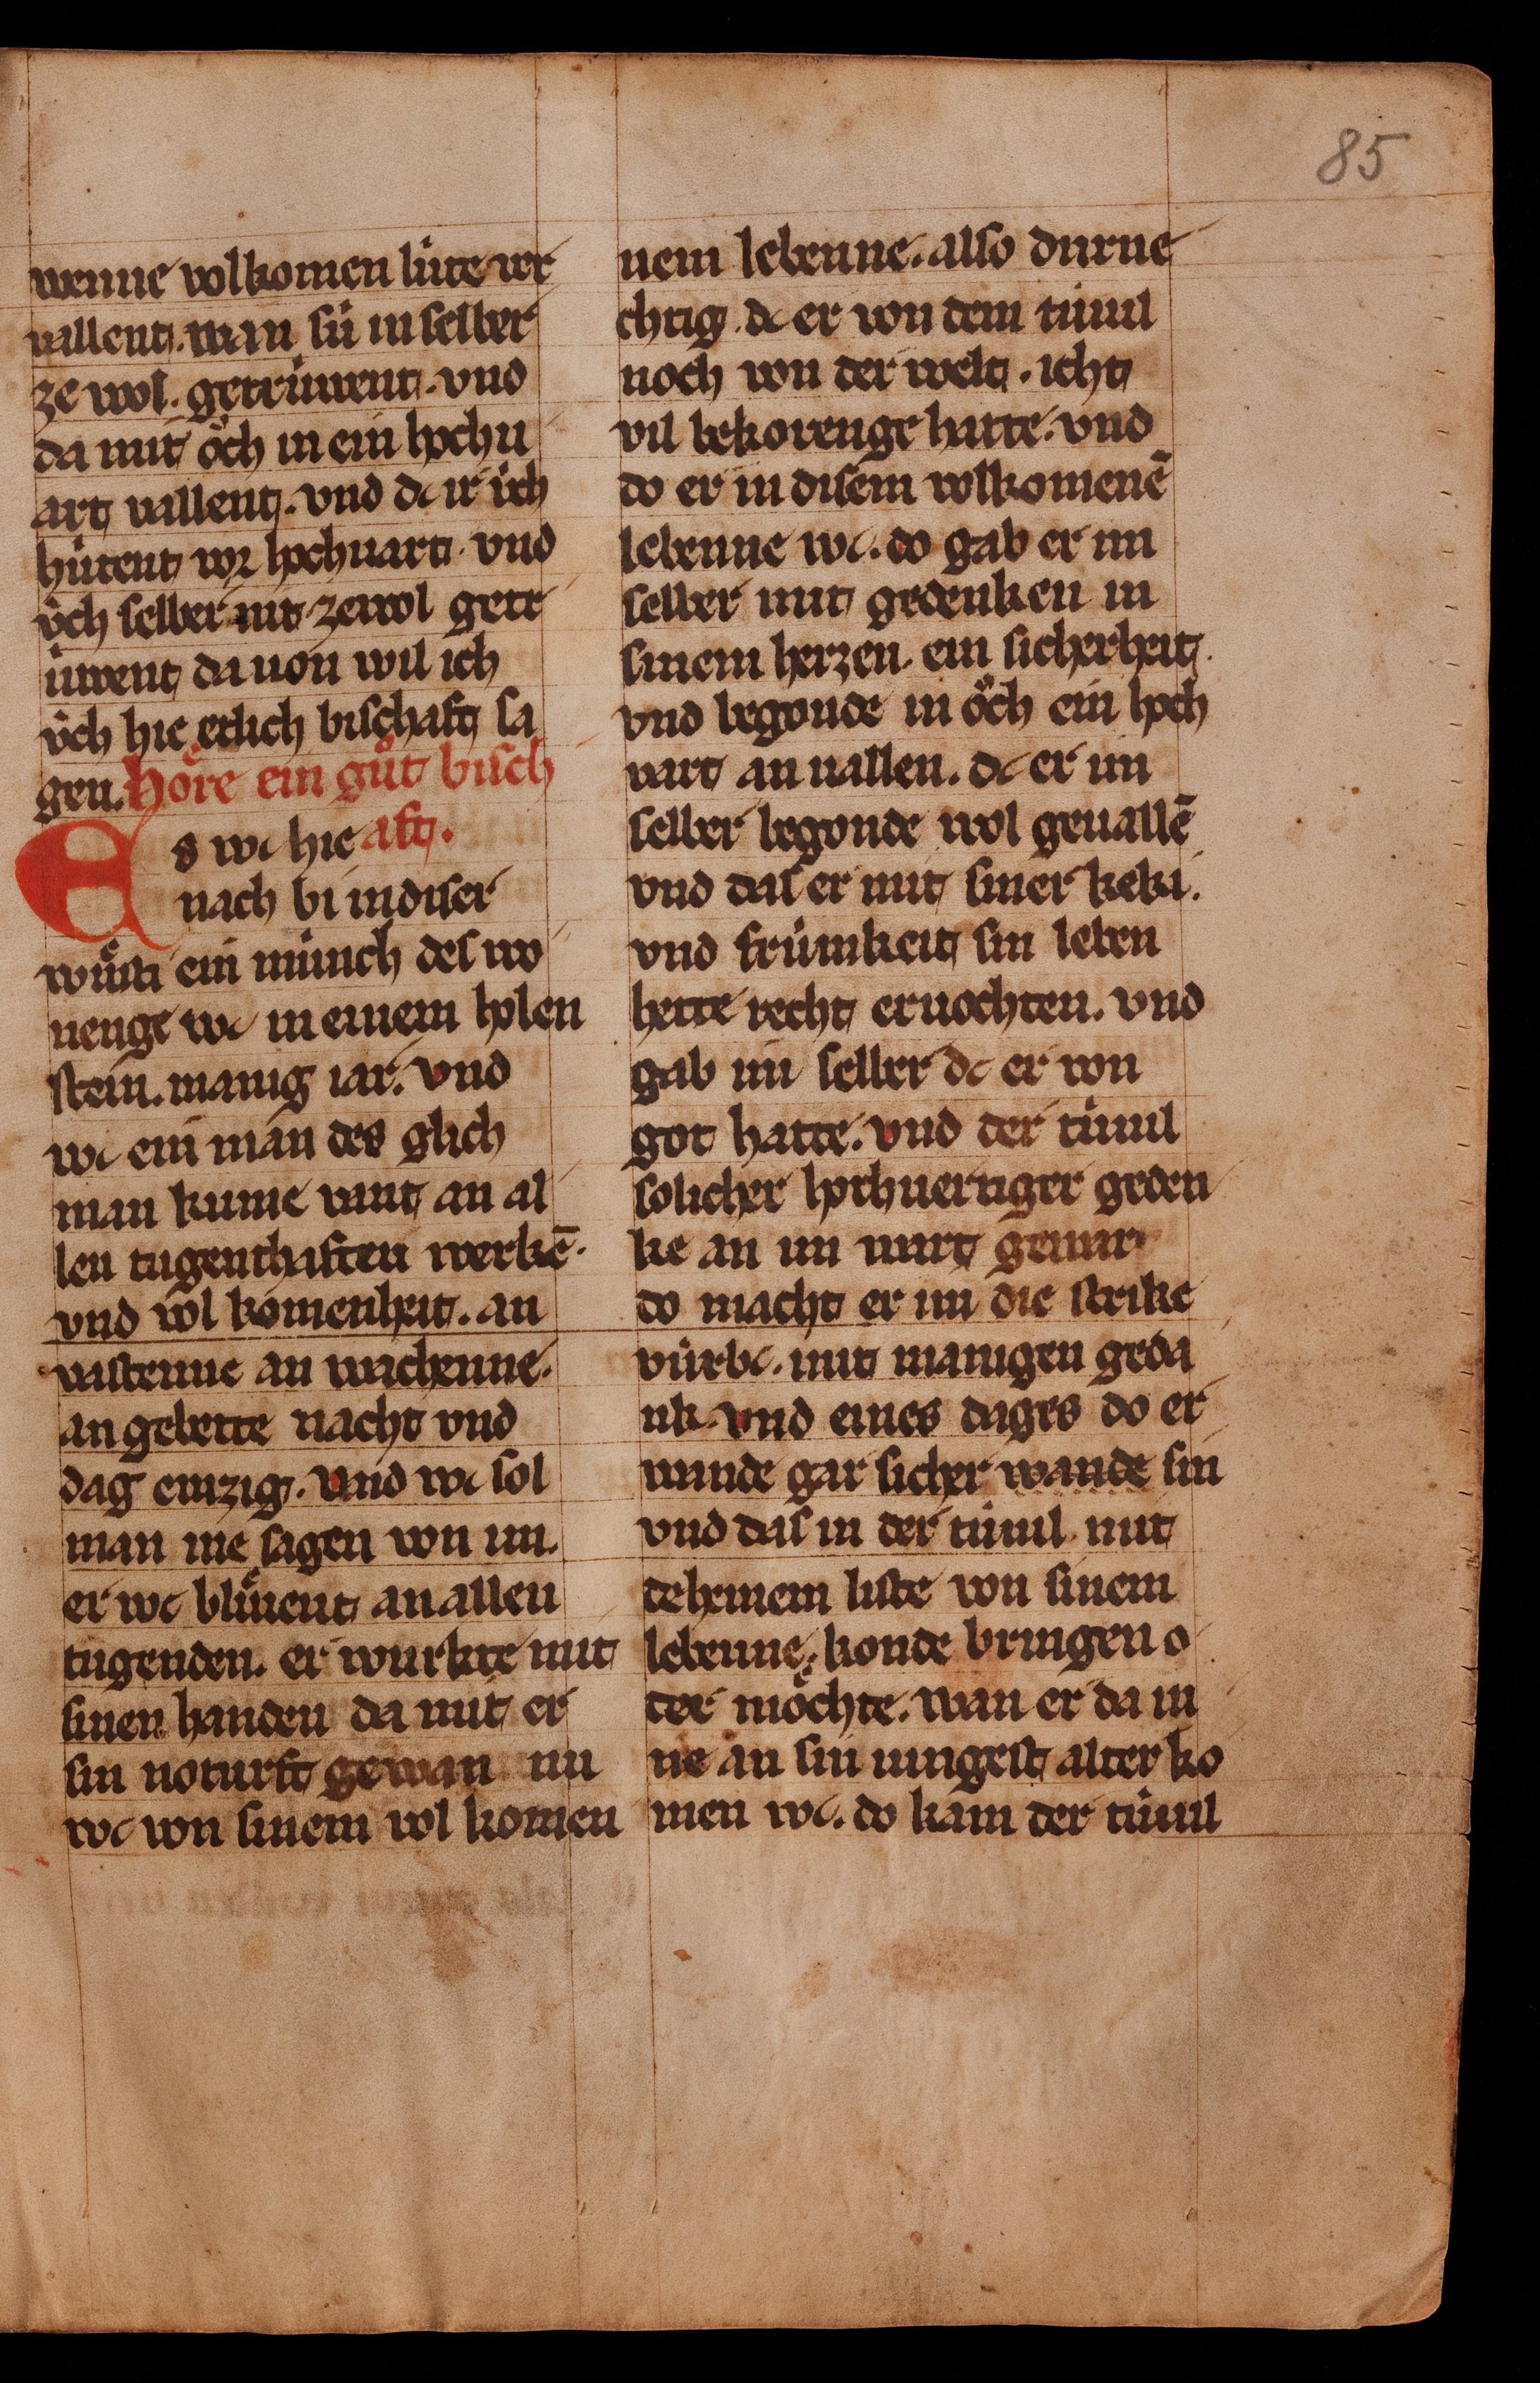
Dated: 1350–1374